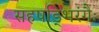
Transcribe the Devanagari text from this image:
सहषड्भिरंगैः